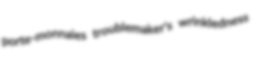
porte-monnaies troublemaker's wrinkledness